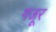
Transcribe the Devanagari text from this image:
गजूर